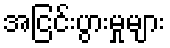
အငြင်းပွားမှုများ